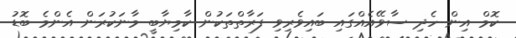
ކޮމް އިން ހެދި ސާވޭއެއްގައި ބައިވެރިވި ފަރާތްތަކުން ކާމިޔާބީ މާނަކުރަން އެންމެ ބޮޑު